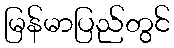
မြန်မာပြည်တွင်